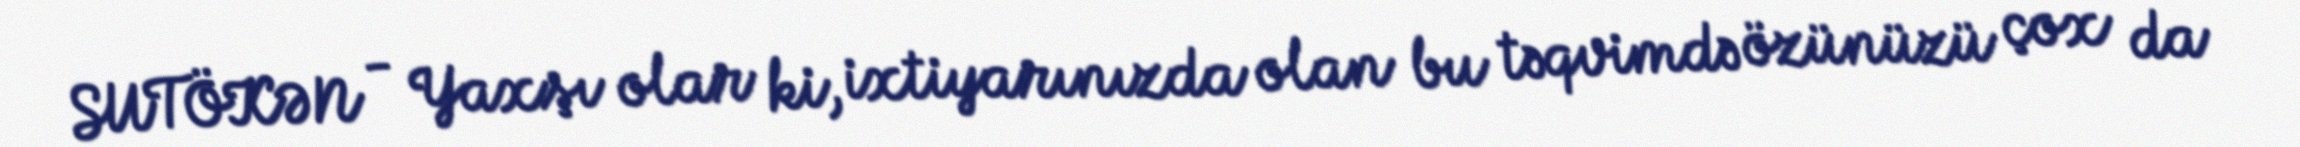
SUTÖKƏN - Yaxşı olar ki, ixtiyarınızda olan bu təqvimdə özünüzü çox da